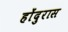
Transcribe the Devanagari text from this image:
होंदुरास